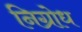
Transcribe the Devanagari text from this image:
निग्रोध